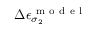
\Delta \epsilon _ { \sigma _ { 2 } } ^ { \mathrm { ~ m ~ o ~ d ~ e ~ l ~ } }